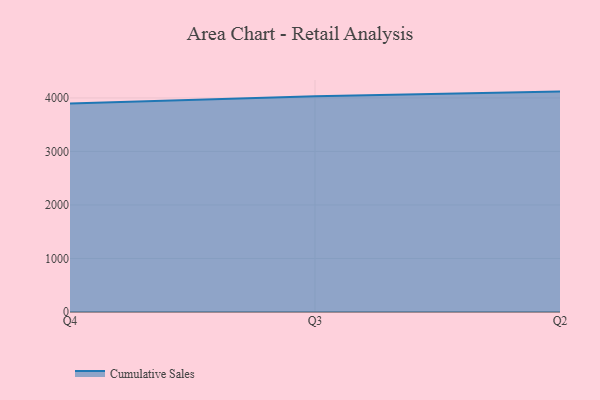
{"axis": {"x": "Quarter", "y": "Production Output"}, "legend": ["Cumulative Sales"], "data": [{"x": "Q4", "y": 3897.0, "type": "Cumulative Sales"}, {"x": "Q3", "y": 4032.9, "type": "Cumulative Sales"}, {"x": "Q2", "y": 4118.2, "type": "Cumulative Sales"}]}